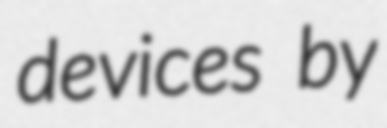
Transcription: devices by